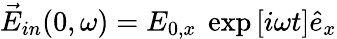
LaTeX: \vec{E}_{in}(0,\omega)=E_{0,x}~\exp\left[i\omega t\right]\hat{e}_{x}